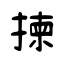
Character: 揀